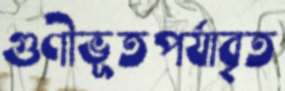
গুণীভূতপর্যাবৃত